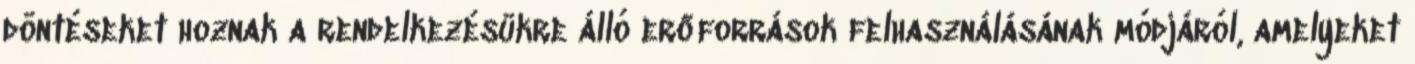
döntéseket hoznak a rendelkezésükre álló erőforrások felhasználásának módjáról, amelyeket